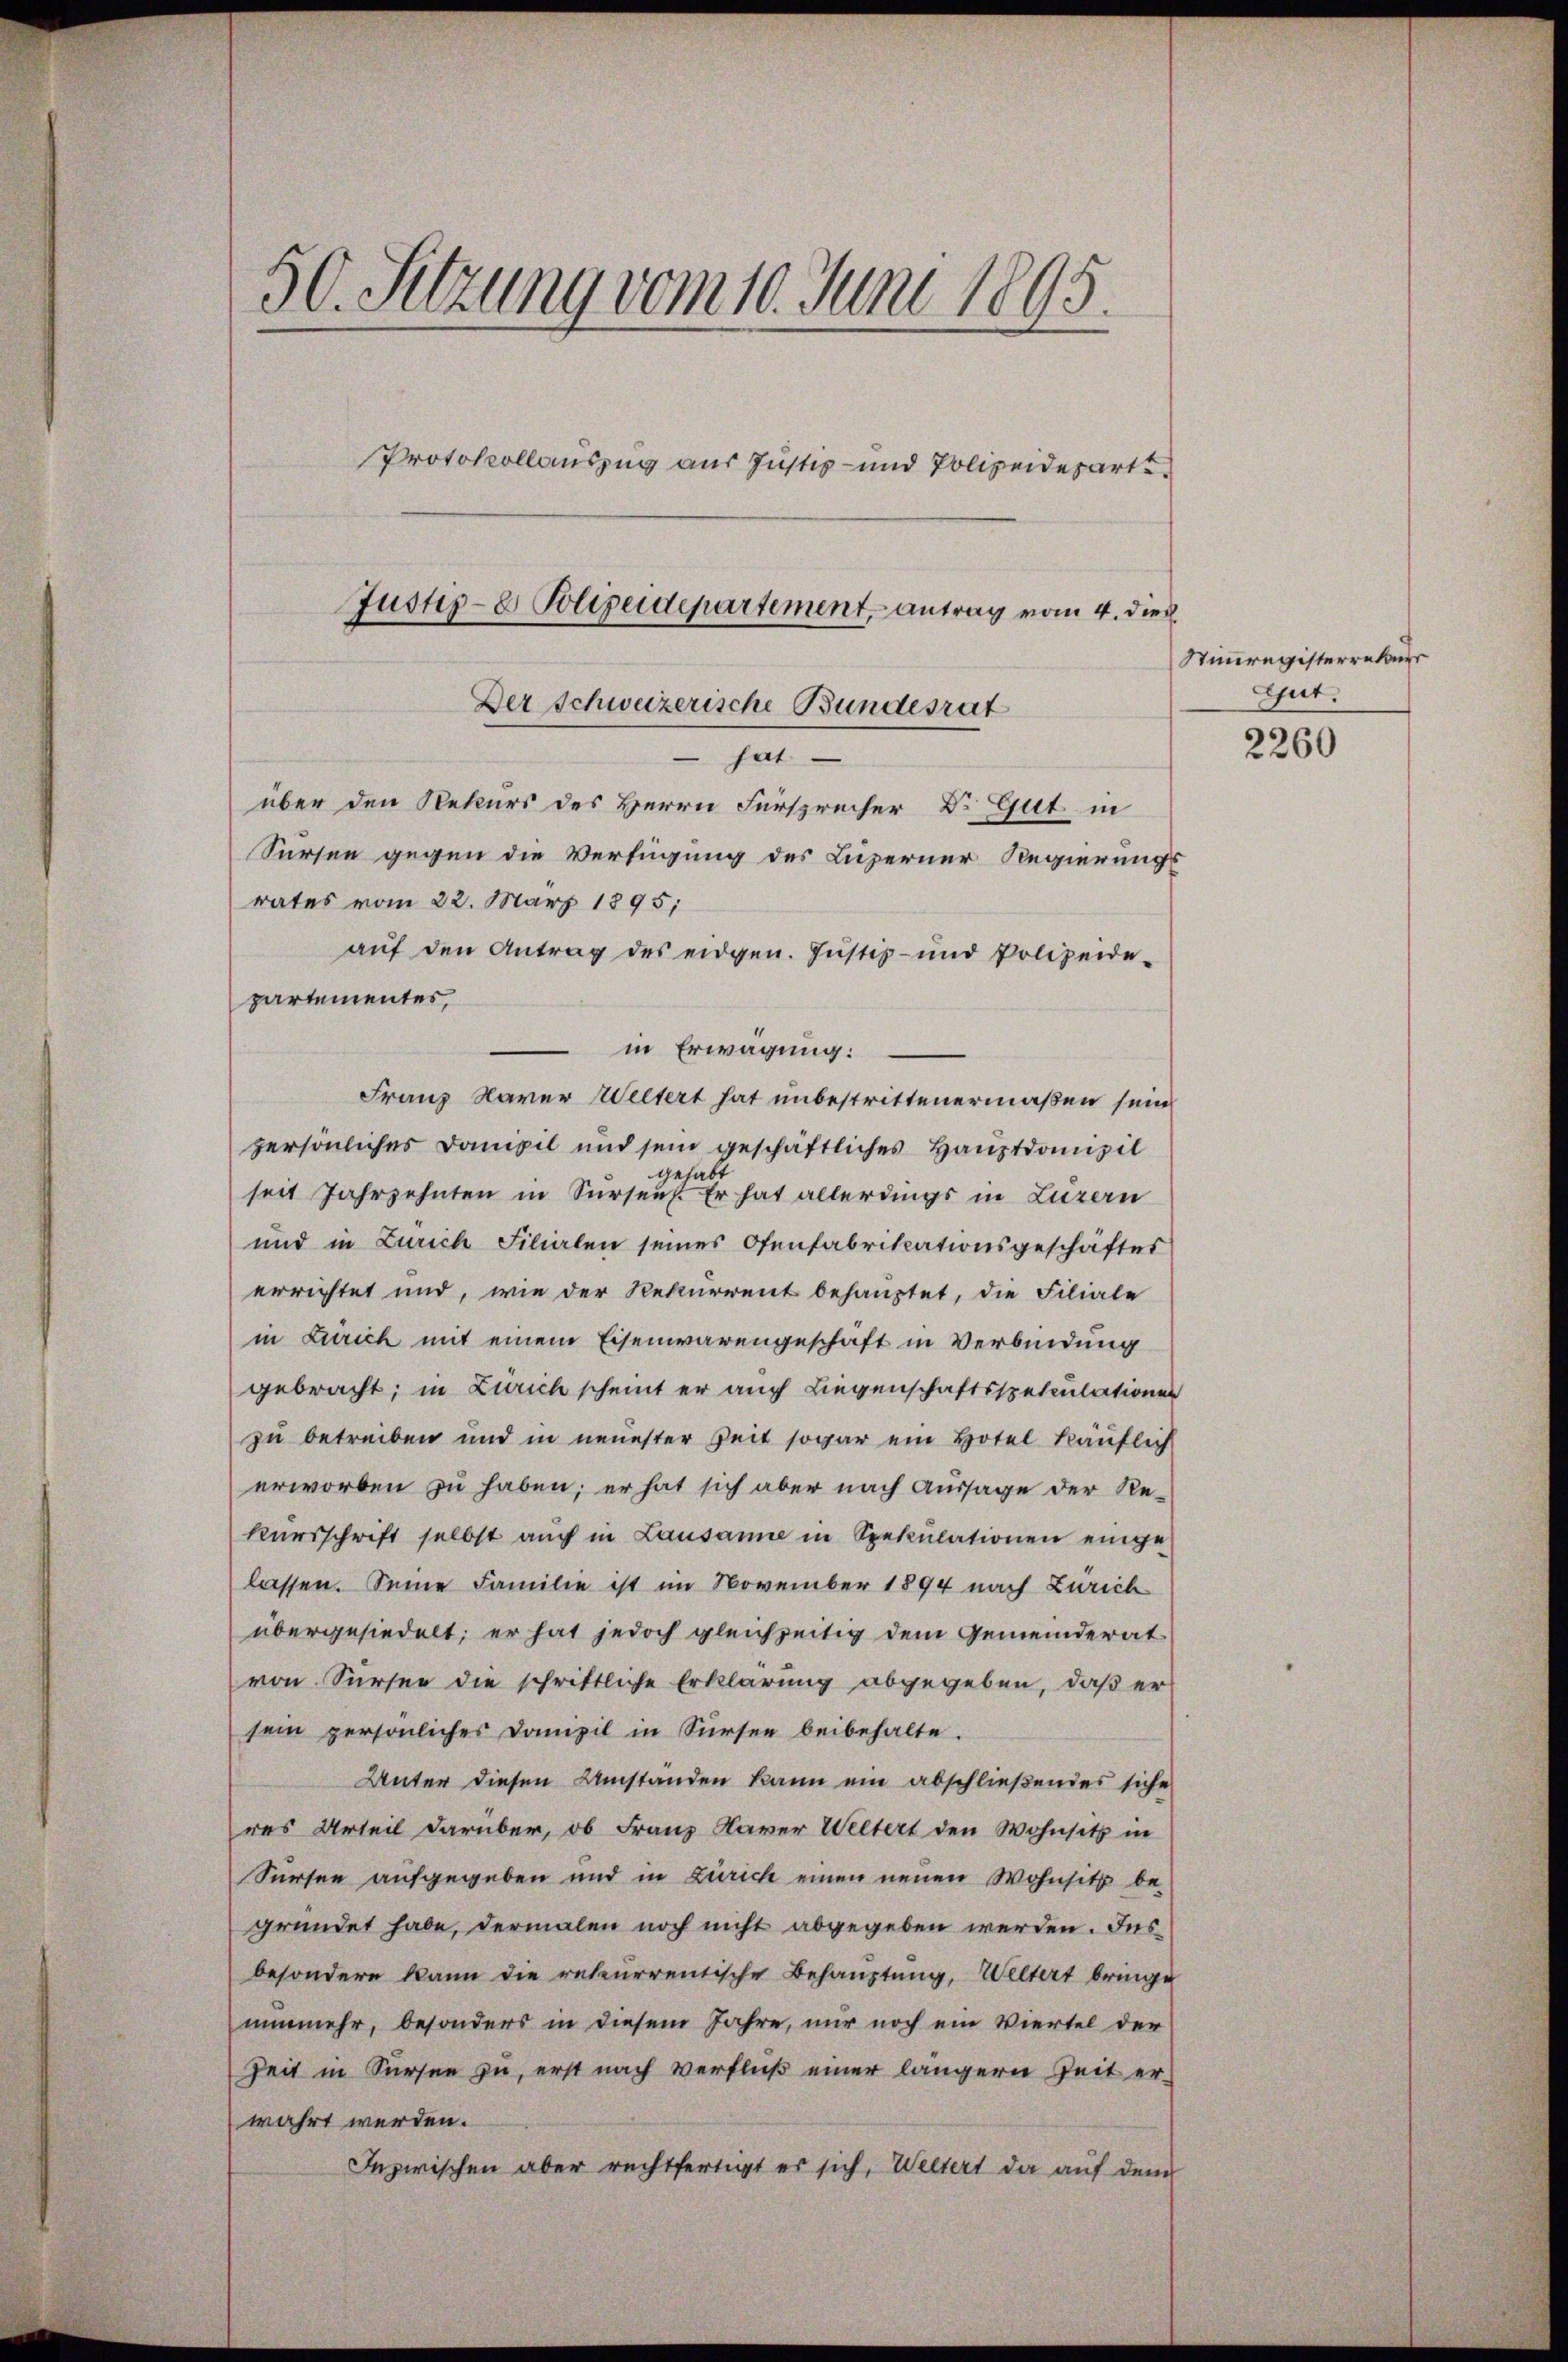
2
50. Sitzung vom 10. Juni 1893.
Protokollauszug aus Justiz- und Polizeideparte
Justiz- & Polizeidepartement, antrag vom 4. dies

Der Schweizerische Bundesrat
 hat
über den Rekurs des Herrn Fürsprecher Dr. Gut in

Sursen gegen die Verfügung des Luzerner Regierungs
rates vom 22. März 1895;
auf den Antrag des eidgen. Justiz- und Polizeide-
partementes,
in Erwägung:
Franz Naver Weitert hat unbestrittenermaßen sein
persönliches Danipil und sein geschäftliches Hauptdomizil
gehabt
seit Jahrzehnten in Surses. Er hat allerdings in Luzern
und in Zürich Filialen seines Ofenfabrikationsgeschäftes
errichtet und, wie der Rekurrent behauptet, die Filiale
in Zürich mit einem Eisenwarengeschäft in Verbindung
gebracht; in Zürich scheint er auch Liegenschaftsspetentationen
zu betreiben und in neuester Zeit sogar ein Hotel käuflich
erworben zu haben; er hat sich aber nach Aussage der Re-
kursschrift selbst auch in Lausanne in Spekulationen einge
lassen. Seine Familie ist im November 1894 nach Zürich
übergesiedelt; er hat jedoch gleichzeitig dem Gemeinderat
von Sursee die schriftliche Erklärung abgegeben, daß er
sein persönliches Domizil in Sursee beibehalte.
Unter diesen Umstanden kann ein abschließendes siche
res Urteil darüber, ob Franz Xaver Weltert den Wohnsitz in
Sürsee aufgegeben und in Zürich einen neuen Wohnsitz be-
gründet habe, dermalen noch nicht abgegeben werden. Ins
besondere kann die rekurrentische Behauptung, Weltert bringe
nunmehr, besonders in diesem Jahre, nur noch ein Viertel der
Zeit in Sursee zu, erst nach Verfluß einer längern Zeit erwahrt werden.
Inzwischen aber rechtfertigt es sich, Weitert da auf dem

Stimmregisterrekurr
Gut.

2260